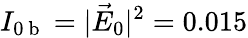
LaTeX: I_{0\mathrm{~b~}}=|\vec{E}_{0}|^{2}=0.015